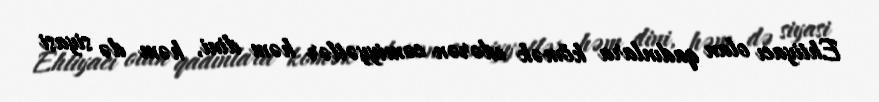
Ehtiyacı olan qadınlara kömək edərən cəmiyyətlər həm dini, həm də siyasi